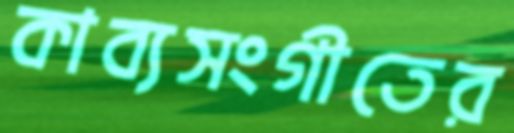
কাব্যসংগীতের